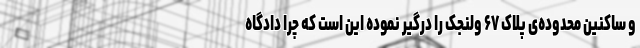
و ساکنین محدوده‌ی پلاک ۶۷ ولنجک را درگیر نموده این است که چرا دادگاه